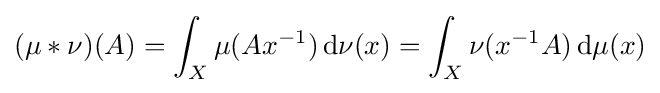
(\mu *\nu )(A)=\int _{X}\mu (Ax^{-1})\,\mathrm {d} \nu (x)=\int _{X}\nu (x^{-1}A)\,\mathrm {d} \mu (x)